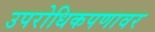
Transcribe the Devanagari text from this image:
उपरोधिकपणावर